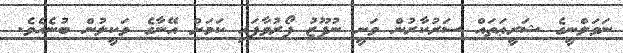
ނަވަލްނީގެ ޝަރީޢަތައް ސަރުކާރުން ވަނީ ނުފޫޒު ފޯރުވާފައި ކަމަށް އޭނާގެ ވަކީލުން ބުނެއެވެ.